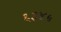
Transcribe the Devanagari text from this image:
६३४५